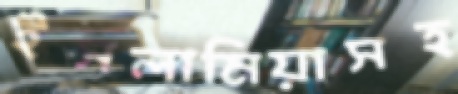
ইসলামিয়াসহ